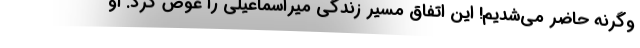
وگرنه حاضر می‌شدیم! این اتفاق مسیر زندگی میراسماعیلی را عوض کرد. او